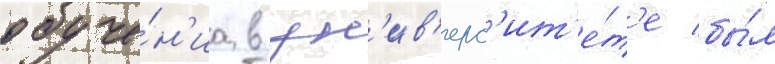
обуче́н'иа в ун'ив'ерс'ит'е́т'е бы́л